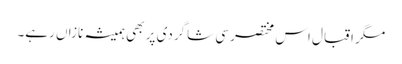
مگر اقبال اس مختصر سی شاگردی پر بھی ہمیشہ نازاں رہے۔